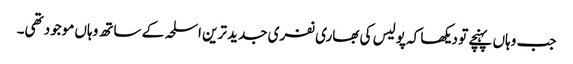
جب وہاں پہنچے تو دیکھا کہ پولیس کی بھاری نفری جدید ترین اسلحہ کے ساتھ وہاں موجود تھی۔